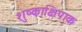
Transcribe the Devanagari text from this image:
शुष्काक्षिपाक